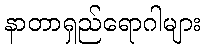
နာတာရှည်ရောဂါများ